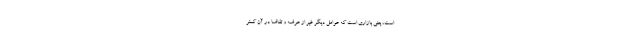
است، یعنی بازاری است که عوامل دیگر غیر از عرضه و تقاضا در آن کمتر